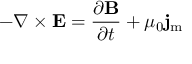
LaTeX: - \nabla \times \mathbf { E } = { \frac { \partial \mathbf { B } } { \partial t } } + \mu _ { 0 } \mathbf { j } _ { \mathrm { m } }